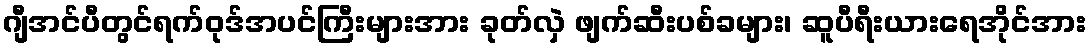
ဂျီအင်ပီတွင်ရက်ဝုဒ်အပင်ကြီးများအား ခုတ်လှဲ ဖျက်ဆီးပစ်ခများ၊ ဆူပီရီးယားရေအိုင်အား